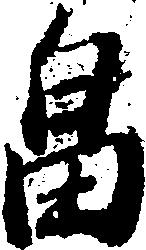
畠